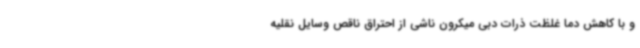
و با کاهش دما غلظت ذرات دبی میکرون ناشی از احتراق ناقص وسایل نقلیه